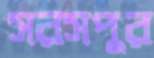
সরসপুর